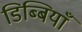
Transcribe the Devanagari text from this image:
डिब्बियाँ